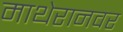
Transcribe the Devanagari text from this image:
माथेरानवर